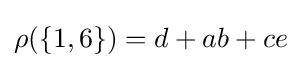
{\textstyle \rho (\lbrace 1,6\rbrace )={d}+ab+ce}